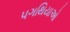
પગથિયાઓ